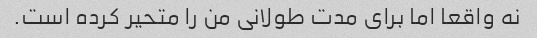
نه واقعا اما برای مدت طولانی من را متحیر کرده است.